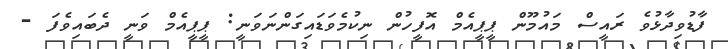
ފާޑުވިދާޅުވެ ރައީސް މައުމޫން ޕީޕީއެމް އޮފީހުން ނިކުމެވަޑައިގަންނަވަނީ: ޕީޕީއެމް ވަނީ ދެބައިވެފަ -